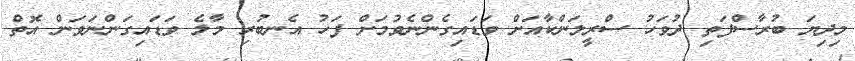
މިދިޔަ ބުރާސްފަތި ދުވަހު ސްރީލަންކާއަށް ވަޑައިގެންނެވުމަށް ފަހު އެނބުރި މާލެ ވަޑައިގަންނަވަން އޮތް